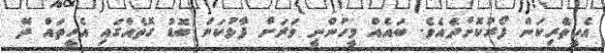
އެހީތެރިކަން ފޯރުކޮށްދެއެވެ. ބައެއް މީހުންނީ ވަރަށް ފާޅުކަން ބޮޑު ގޮތެއްގައި އެހީތައް ދޭ